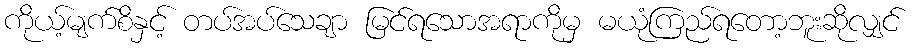
ကိုယ့်မျက်စိနှင့် တပ်အပ်သေချာ မြင်ရသောအရာကိုမှ မယုံကြည်ရတော့ဘူးဆိုလျှင်